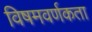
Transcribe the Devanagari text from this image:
विषमवर्णकता